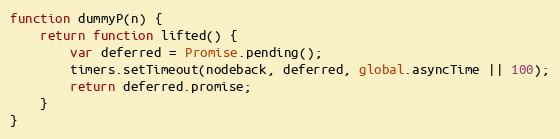
Language: JavaScript
function dummyP(n) {
    return function lifted() {
        var deferred = Promise.pending();
        timers.setTimeout(nodeback, deferred, global.asyncTime || 100);
        return deferred.promise;
    }
}